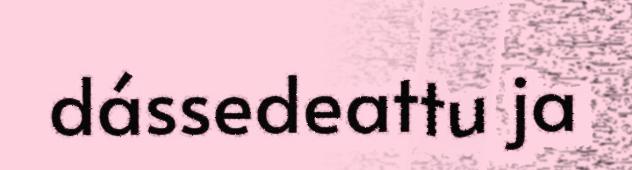
dássedeattu ja